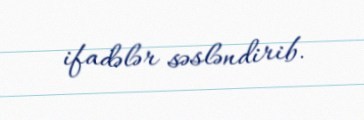
ifadələr səsləndirib.